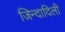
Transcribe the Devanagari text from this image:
जिन्दादिली